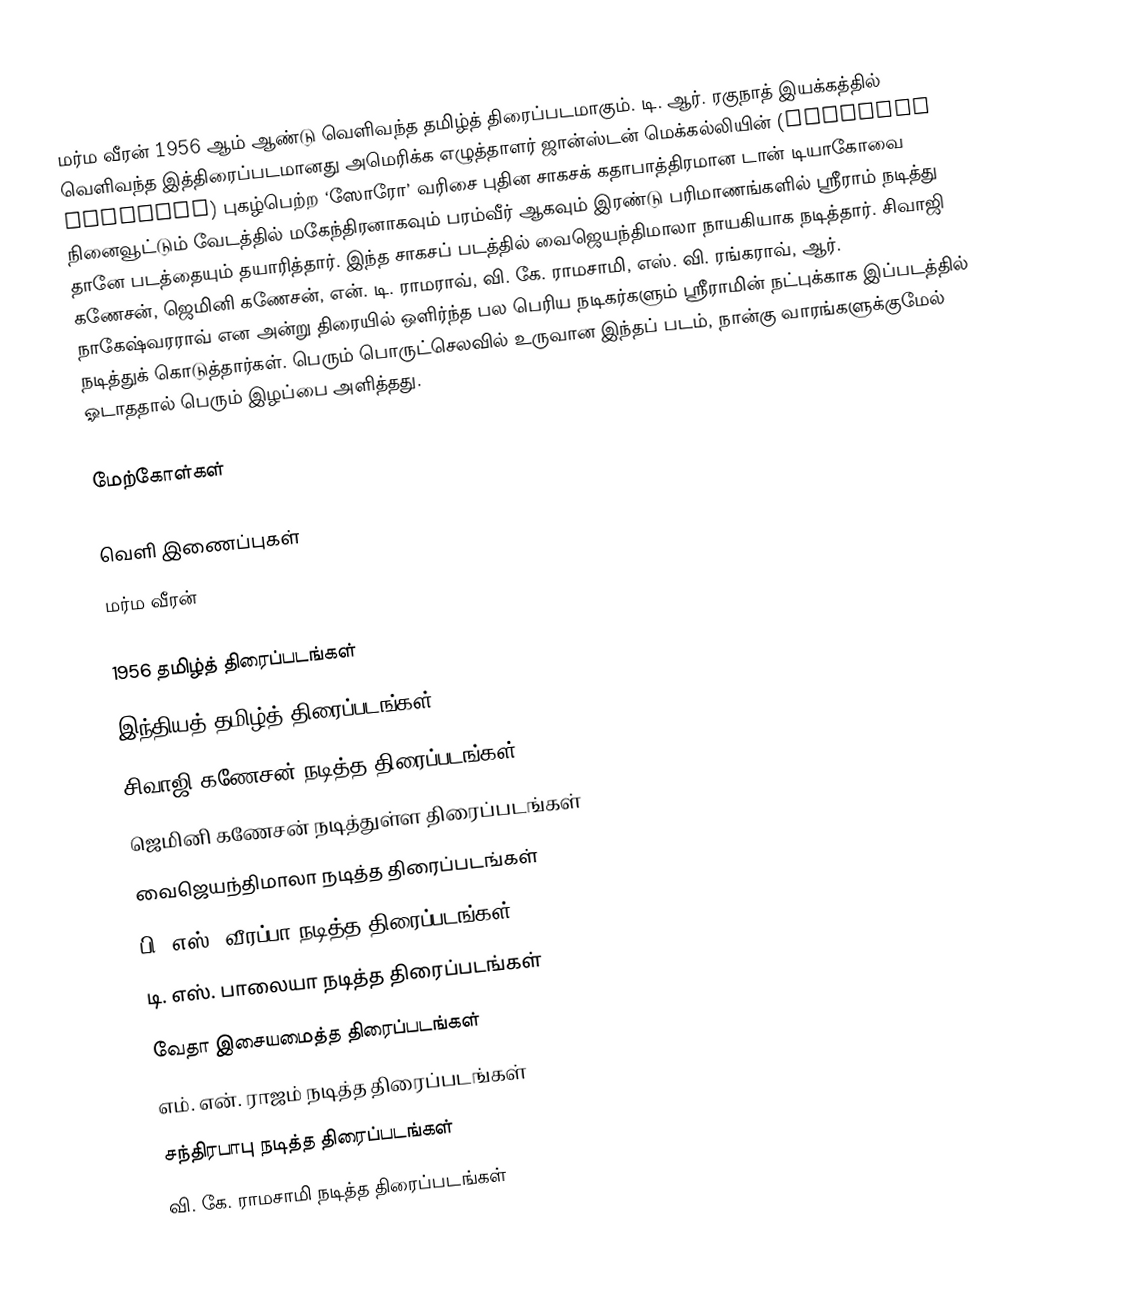
மர்ம வீரன் 1956 ஆம் ஆண்டு வெளிவந்த தமிழ்த் திரைப்படமாகும். டி. ஆர். ரகுநாத் இயக்கத்தில் வெளிவந்த இத்திரைப்படமானது அமெரிக்க எழுத்தாளர் ஜான்ஸ்டன் மெக்கல்லியின் (Johnston McCulley) புகழ்பெற்ற ‘ஸோரோ’ வரிசை புதின சாகசக் கதாபாத்திரமான டான் டியாகோவை நினைவூட்டும் வேடத்தில் மகேந்திரனாகவும் பரம்வீர் ஆகவும்  இரண்டு பரிமாணங்களில் ஸ்ரீராம் நடித்து தானே படத்தையும் தயாரித்தார். இந்த சாகசப் படத்தில் வைஜெயந்திமாலா நாயகியாக நடித்தார். சிவாஜி கணேசன், ஜெமினி கணேசன், என். டி. ராமராவ், வி. கே. ராமசாமி, எஸ். வி. ரங்கராவ், ஆர். நாகேஷ்வரராவ் என அன்று திரையில் ஒளிர்ந்த பல பெரிய நடிகர்களும் ஸ்ரீராமின் நட்புக்காக இப்படத்தில் நடித்துக் கொடுத்தார்கள்.  பெரும் பொருட்செலவில் உருவான இந்தப் படம், நான்கு வாரங்களுக்குமேல் ஓடாததால் பெரும் இழப்பை அளித்தது.

மேற்கோள்கள்

வெளி இணைப்புகள்
 மர்ம வீரன்

1956 தமிழ்த் திரைப்படங்கள்
இந்தியத் தமிழ்த் திரைப்படங்கள்
சிவாஜி கணேசன் நடித்த திரைப்படங்கள்
ஜெமினி கணேசன் நடித்துள்ள திரைப்படங்கள்
வைஜெயந்திமாலா நடித்த திரைப்படங்கள்
பி. எஸ். வீரப்பா நடித்த திரைப்படங்கள்
டி. எஸ். பாலையா நடித்த திரைப்படங்கள்
வேதா இசையமைத்த திரைப்படங்கள்
எம். என். ராஜம் நடித்த திரைப்படங்கள்
சந்திரபாபு நடித்த திரைப்படங்கள்
வி. கே. ராமசாமி நடித்த திரைப்படங்கள்